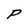
Character: P